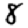
Digit: 8